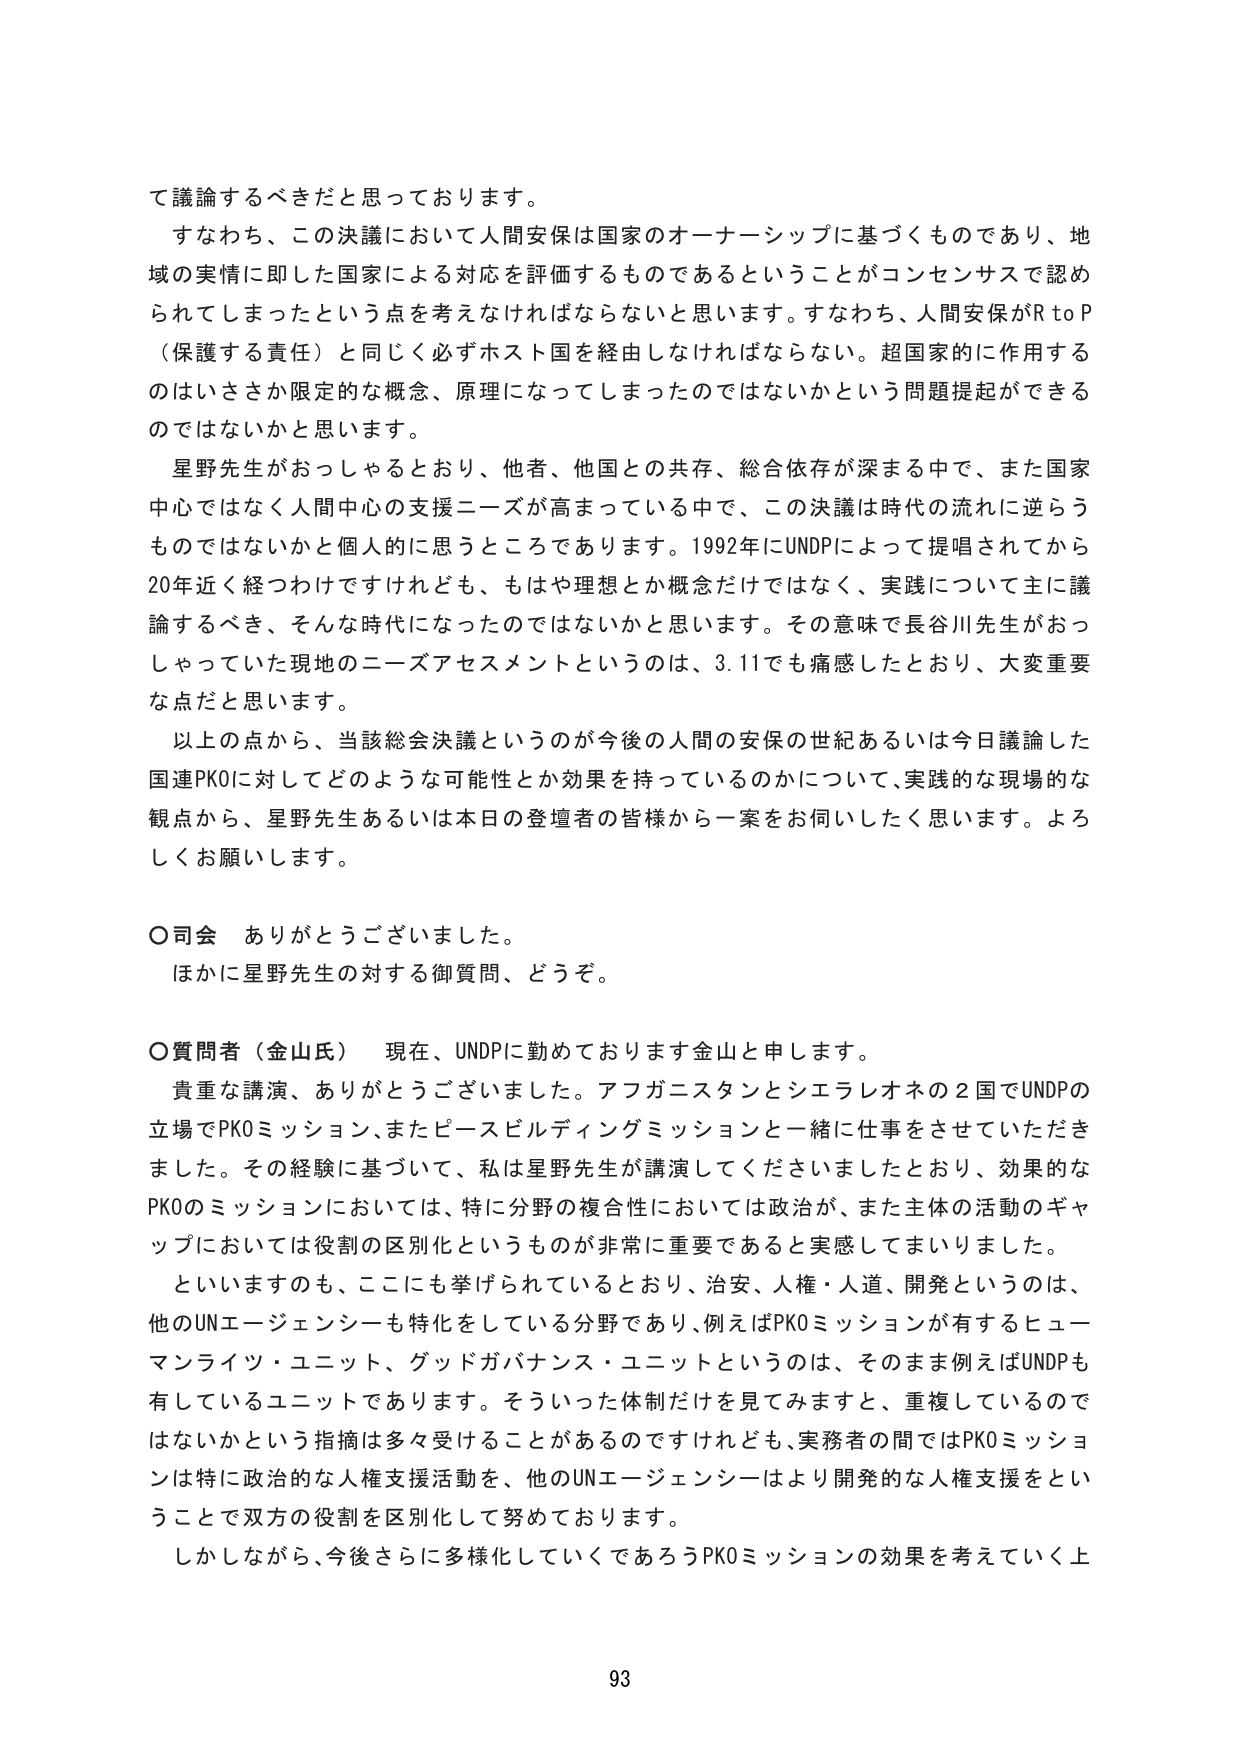
て議論するべきだと思っております。

すなわち、この決議において人間安保は国家のオーナーシップに基づくものであり、地域の実情に即した国家による対応を評価するものであるということがコンセンサスで認められてしまったという点を考えなければならないと思います。すなわち、人間安保がR to P（保護する責任）と同じく必ずホスト国を経由しなければならない。超国家的に作用するのはいささか限定的な概念、原理になってしまったのではないかという問題提起ができるのではないかと思います。

星野先生がおっしゃるとおり、他者、他国との共存、総合依存が深まる中で、また国家中心ではなく人間中心の支援ニーズが高まっている中で、この決議は時代の流れに逆らうものではないかと個人的に思うところであります。1992年にUNDPによって提唱されてから20年近く経つわけですが、もはや理想とか概念だけではなく、実践について主に議論するべき、そんな時代になったのではないかと思います。その意味で長谷川先生がおっしゃっていた現地のニーズアセスメントというのは、3.11でも痛感したとおり、大変重要な点だと思います。

以上の点から、当該総会決議というのが今後の人間の安保の世紀あるいは今日議論した国連PKOに対してどのような可能性とか効果を持っているのかについて、実践的な現場的な観点から、星野先生あるいは本日の登壇者の皆様から一案をお伺いしたく思います。よろしくお願いします。

○司会　ありがとうございました。
　　ほかに星野先生に対する御質問、どうぞ。

○質問者（金山氏）　現在、UNDPに勤めております金山と申します。
　　貴重な講演、ありがとうございました。アフガニスタンとシエラレオネの2国でUNDPの立場でPKOミッション、またピースビルディングミッションと一緒に仕事をさせていただきました。その経験に基づいて、私は星野先生が講演してくださいましたとおり、効果的なPKOのミッションにおいては、特に分野の複合性においては政治が、また主体の活動のギャップにおいては役割の区別化というものが非常に重要であると実感してまいりました。
　　といいますのも、ここにも挙げられているとおり、治安、人権・人道、開発というのは、他のUNエージェンシーも特化をしている分野であり、例えばPKOミッションが有するヒューマンライツ・ユニット、グッドガバナンス・ユニットというのは、そのまま例えばUNDPも有しているユニットであります。そういった体制だけを見てみますと、重複しているのではないかという指摘は多々受けることがあるのですけれども、実務者の間ではPKOミッションは特に政治的な人権支援活動を、他のUNエージェンシーはより開発的な人権支援をということで双方の役割を区別化して努めております。
　　しかしながら、今後さらに多様化していくであろうPKOミッションの効果を考えていく上

93